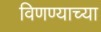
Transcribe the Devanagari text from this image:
विणण्याच्या